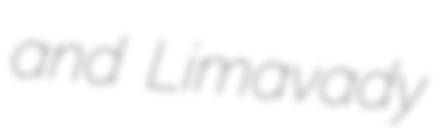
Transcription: and Limavady